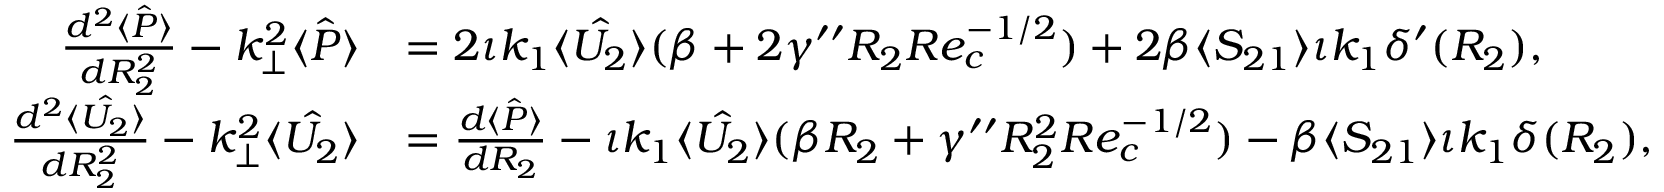
\begin{array} { r l } { \frac { d ^ { 2 } \hat { \langle P \rangle } } { d R _ { 2 } ^ { 2 } } - k _ { \perp } ^ { 2 } \hat { \langle P \rangle } } & { = 2 \iota k _ { 1 } \hat { \langle U _ { 2 } \rangle } ( \beta + 2 \gamma ^ { \prime \prime } R _ { 2 } R e _ { c } ^ { - 1 / 2 } ) + 2 \beta \langle S _ { 2 1 } \rangle \iota k _ { 1 } \delta ^ { \prime } ( R _ { 2 } ) , } \\ { \frac { d ^ { 2 } \hat { \langle U _ { 2 } \rangle } } { d R _ { 2 } ^ { 2 } } - k _ { \perp } ^ { 2 } \hat { \langle U _ { 2 } \rangle } } & { = \frac { d \hat { \langle P \rangle } } { d R _ { 2 } } - \iota k _ { 1 } \hat { \langle U _ { 2 } \rangle } ( \beta R _ { 2 } + \gamma ^ { \prime \prime } R _ { 2 } ^ { 2 } R e _ { c } ^ { - 1 / 2 } ) - \beta \langle S _ { 2 1 } \rangle \iota k _ { 1 } \delta ( R _ { 2 } ) , } \end{array}